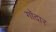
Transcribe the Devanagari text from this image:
गॉदार